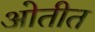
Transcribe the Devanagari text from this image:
ओतीत